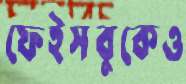
ফেইসবুকেও